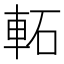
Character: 𨋓